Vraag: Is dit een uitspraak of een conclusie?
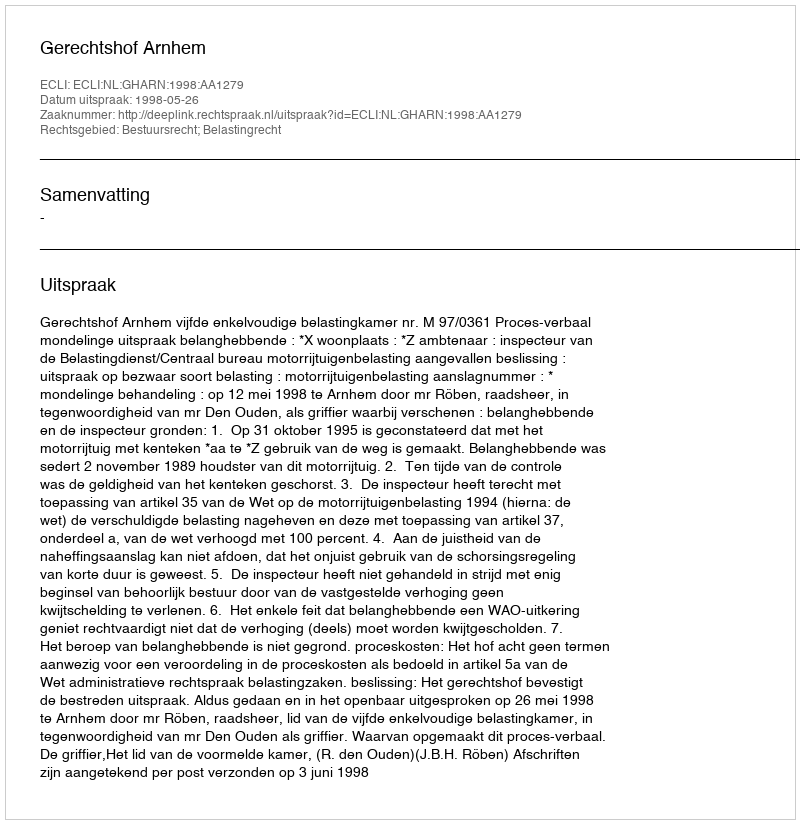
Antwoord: Uitspraak